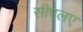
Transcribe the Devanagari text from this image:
सीएलए